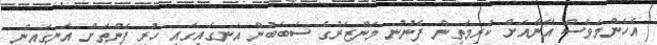
އެހެންމަވެސް އޭނާއަށް ކުރިމަތިން ފެނުނު މަންޒަރުގެ ސަބަބުން އަނގައިގައި ހުރި ފެންތަށް އަނގައިން